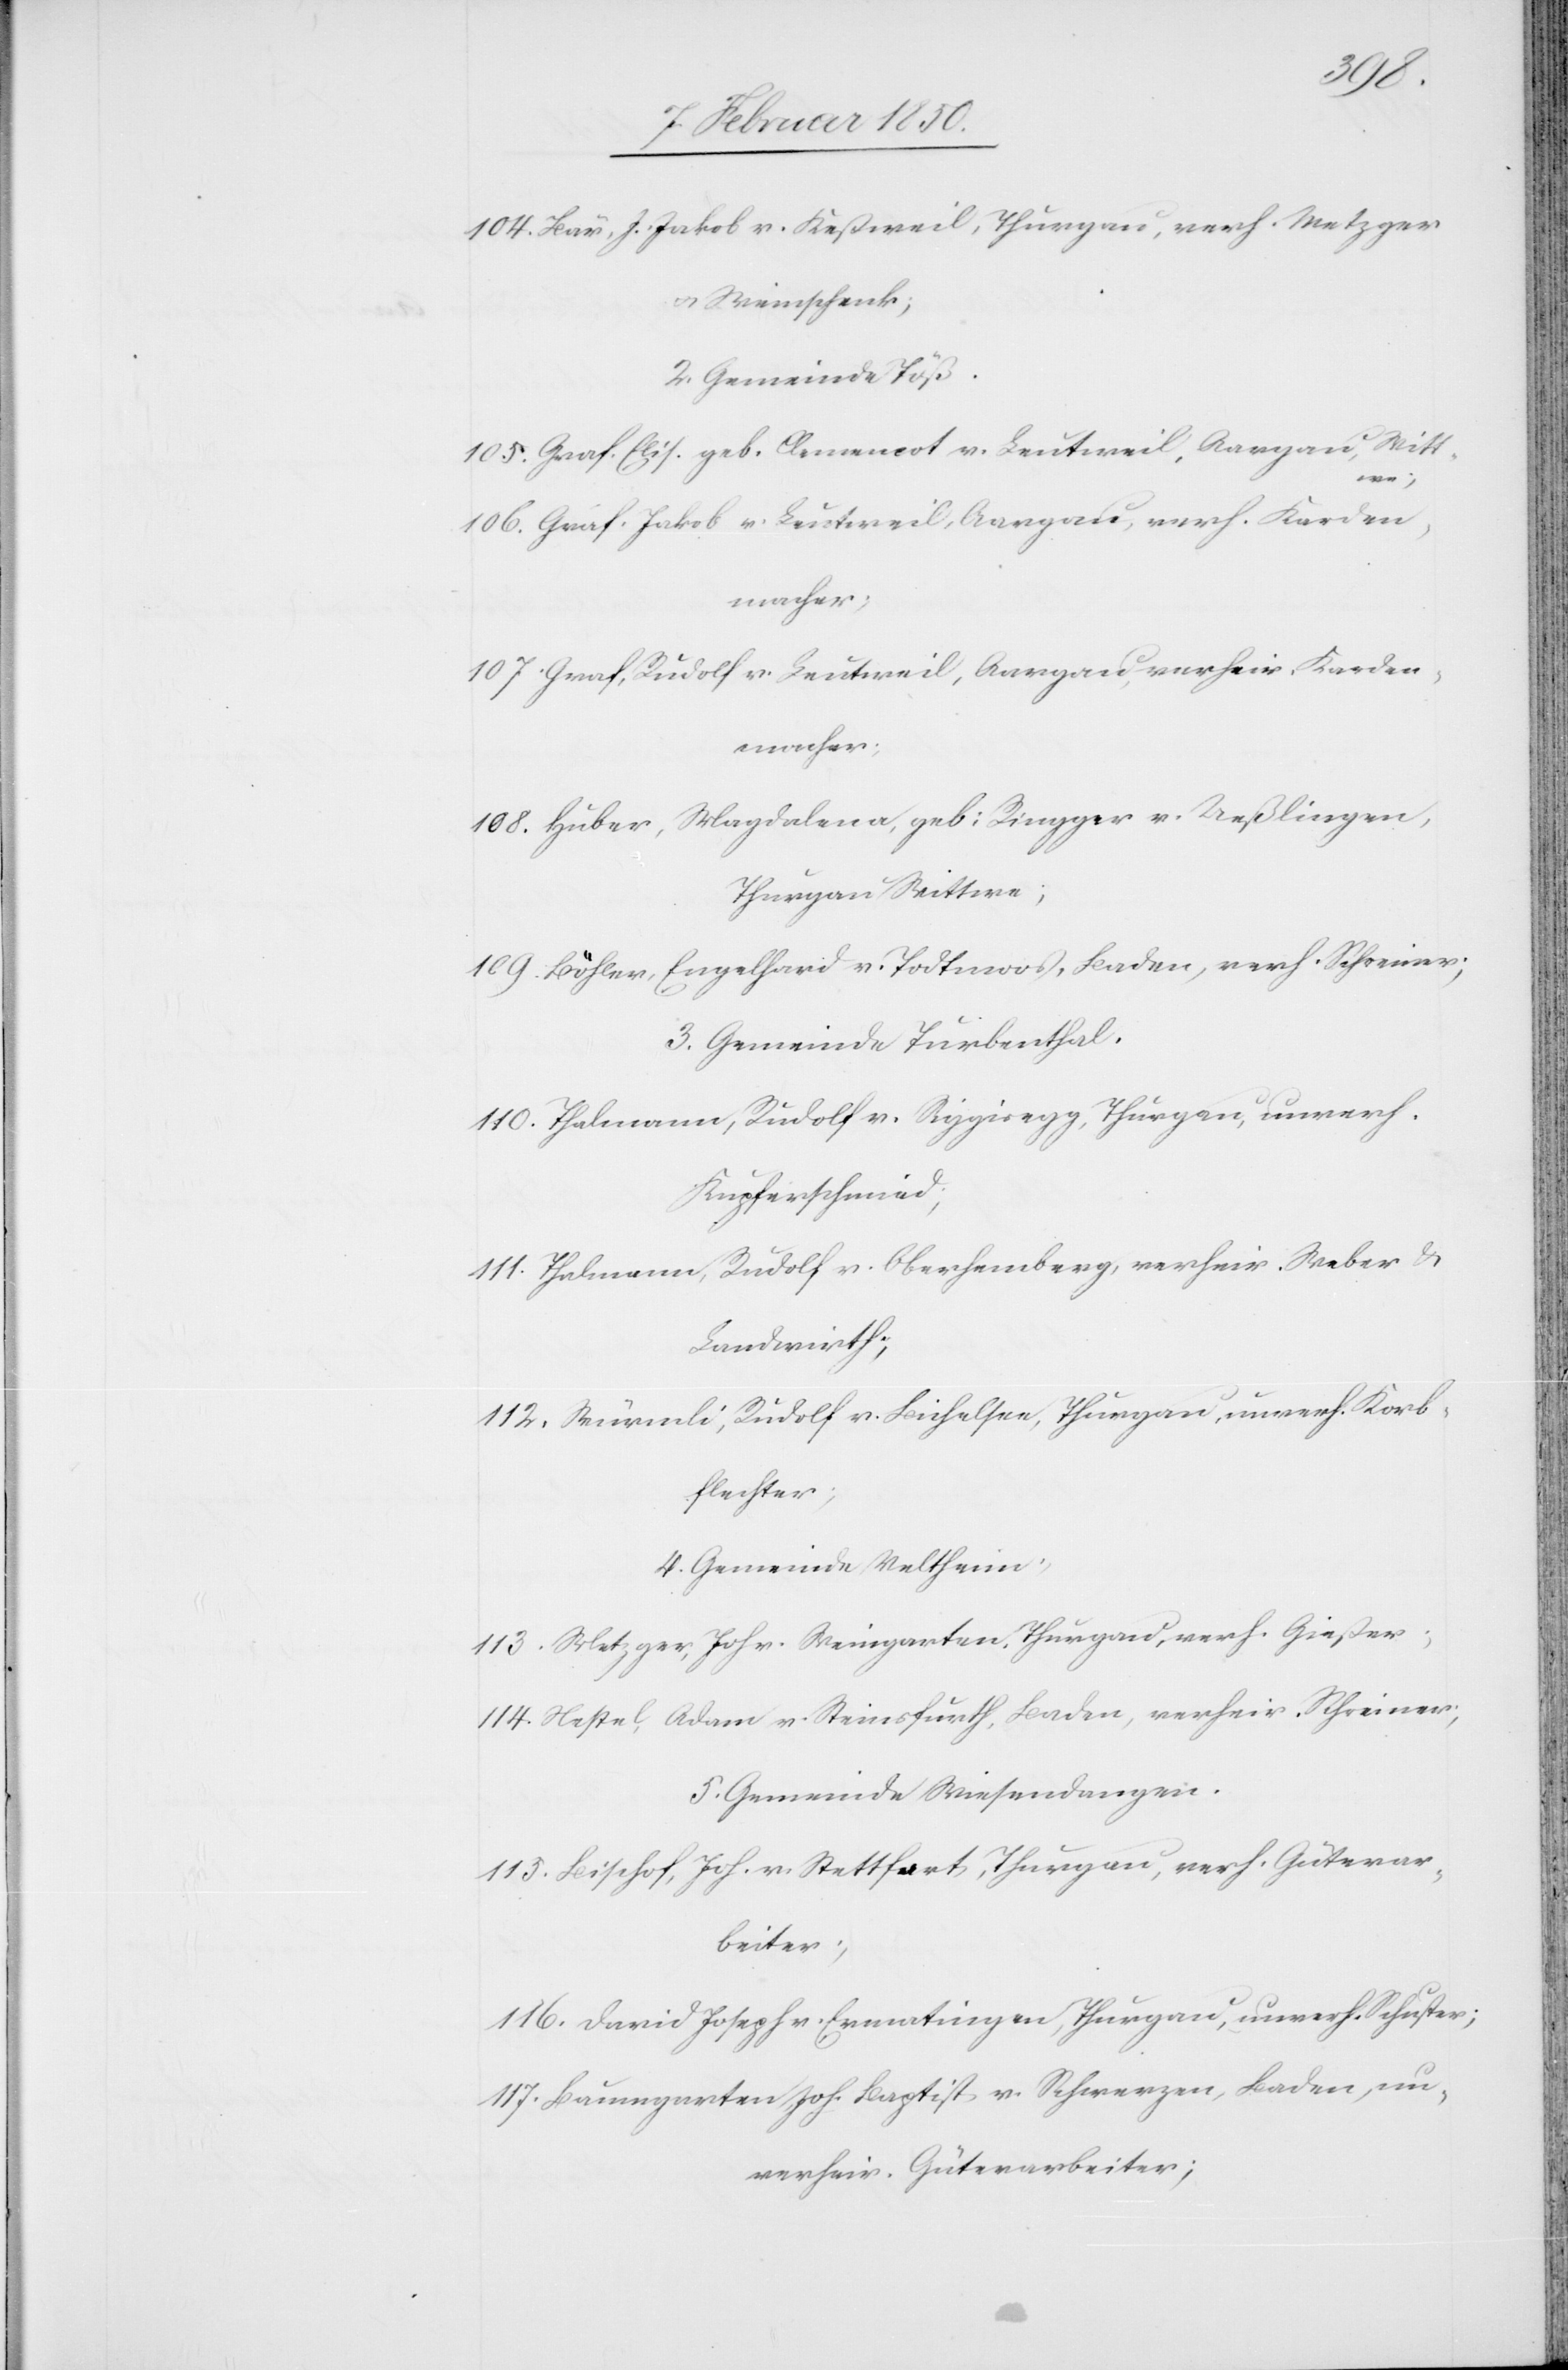
104. Bär, J. Jakob v. Keßweil, Thurgau, verh. Metzger
u. Weinschenk;
2. Gemeinde Töß.
105. Graf. Elis. geb. Clemencot v. Leutweil, Aargau, Witt¬
we;
106. Graf. Jakob v. Leutweil, Aargau, verh. Karden¬
macher;
107. Graf, Rudolf v. Leutweil, Aargau, verheir. Karden¬
macher;
108. Huber, Magdalena, geb: Ringger v. Ueßlingen,
Thurgau Wittwe;
109. Böhler, Engelhard v. Todtmoos, Baden, verh. Schreiner;
3. Gemeinde Turbenthal.
110. Thalmann, Rudolf v. Riggisegg, Thurgau, unverh.
Kupferschmied;
111. Thalmann, Rudolf v. Oberhemberg, verheir. Weber u.
Landwirth;
112. Würmli, Rudolf v. Bichelsee, Thurgau, unverh. Korb¬
flechter;
4. Gemeinde Veltheim.
113. Metzger, Joh. v. Weingarten. Thrugau, verh. Gießer;
114. Nestel, Adam v. Steinsfurth, Baden, verheir. Schreiner;
5. Gemeinde Wiesendangen.
115. Bischof, Joh. v. Stettfurt, Thurgau, verh. Güterar¬
beiter;
116. David Joseph v. Ermatingen, Thurgau, unverh. Schuster;
117. Baumgarten Jos. Baptist v. Schwerzen, Baden, un¬
verheir. Güterarbeiter;